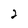
Character: 2